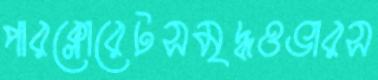
পারক্লোরেটসমৃদ্ধওভারস